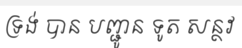
ទ្រង់ បាន បញ្ជូន ទូត សន្ថវ